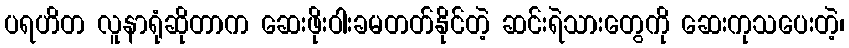
ပရဟိတ လူနာရုံဆိုတာက ဆေးဖိုးဝါးခမတတ်နိုင်တဲ့ ဆင်းရဲသားတွေကို ဆေးကုသပေးတဲ့၊